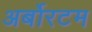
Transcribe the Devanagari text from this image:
अर्बोरटम